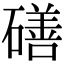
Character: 磰